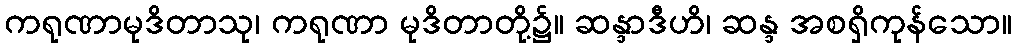
ကရုဏာမုဒိတာသု၊ ကရုဏာ မုဒိတာတို့၌။ ဆန္ဒာဒီဟိ၊ ဆန္ဒ အစရှိကုန်သော။